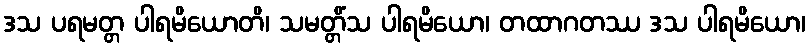
ဒသ ပရမတ္တ ပါရမိယောတိ၊ သမတ္တိံသ ပါရမိယော၊ တထာဂတဿ ဒသ ပါရမိယော၊